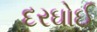
દરઘોઈ